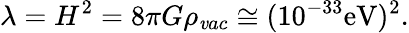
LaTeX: \lambda=H^{2}=8\pi G\rho_{\mathit vac}\cong(10^{-33}\mathrm{eV)^{2}.}